Scientific memoirs by medical officers of the Army of India - Part II,
Year: 1886
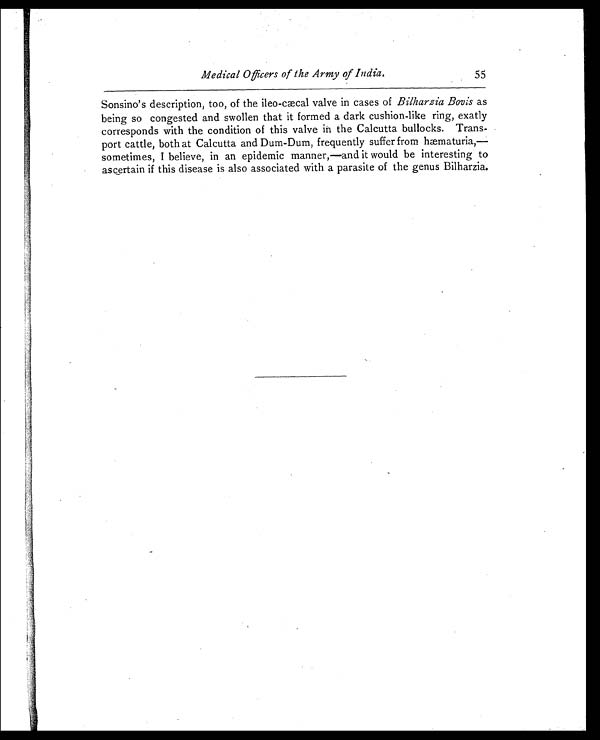
Medical Officers of the Army of India.
55
Sonsino's description, too, of the ileo-cæcal valve in cases of Bilharzia Bovis as
being so congested and swollen that it formed a dark cushion-like ring, exatly
corresponds with the condition of this valve in the Calcutta bullocks. Trans-
port cattle, both at Calcutta and Dum-Dum, frequently suffer from hæmaturia,—
sometimes, I believe, in an epidemic manner,—and it would be interesting to
ascertain if this disease is also associated with a parasite of the genus Bilharzia.